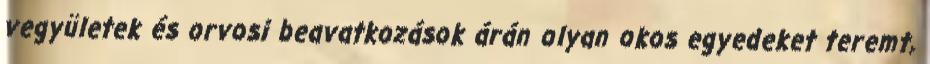
vegyületek és orvosi beavatkozások árán olyan okos egyedeket teremt,